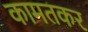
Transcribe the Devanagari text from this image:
कामतकर